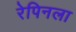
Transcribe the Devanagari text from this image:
रेपिनला